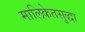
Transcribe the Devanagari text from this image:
मालिकेतसुद्धा